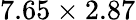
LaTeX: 7.65\times 2.87